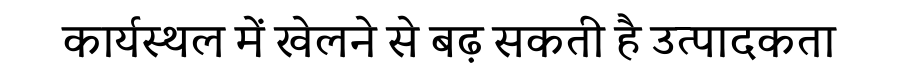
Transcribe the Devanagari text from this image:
कार्यस्थल में खेलने से बढ़ सकती है उत्पादकता